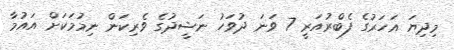
މިދިޔަ އަހަރުގެ ފެބްރުއަރީ 7 ވަނަ ދުވަހު ނަޝީދުގެ ވެރިކަން ނިމުމަކަށް އައުމާ